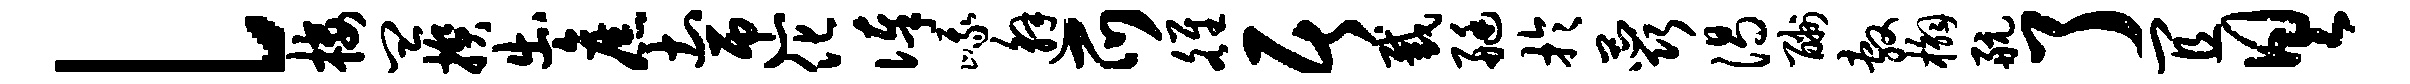
l楼皿揆出旧土匝化俸峨邂爪雒居截艇于蕊渴酬敷槲航了宜具